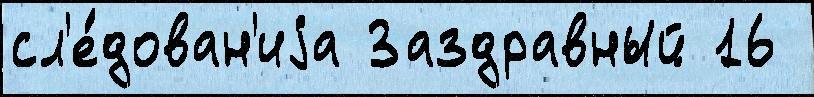
сл'е́дован'иjа Заздравный 16